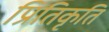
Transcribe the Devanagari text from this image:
प्रितिकृति